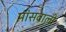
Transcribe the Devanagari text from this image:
मांसवाली